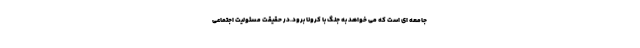
جامعه اي است كه مي خواهد به جنگ با كرونا برود.در حقيقت مسئوليت اجتماعي